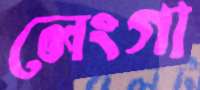
লেংগা